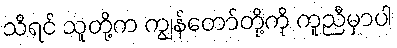
သိရင် သူတို့က ကျွန်တော်တို့ကို ကူညီမှာပါ